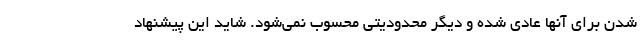
شدن برای آنها عادی شده و دیگر محدودیتی محسوب نمی‌شود. شاید این پیشنهاد